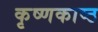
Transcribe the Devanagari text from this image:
कृष्णकाष्ठ